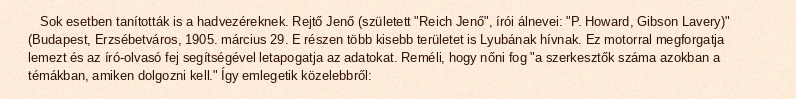
Sok esetben tanították is a hadvezéreknek. Rejtő Jenő (született "Reich Jenő", írói álnevei: "P. Howard, Gibson Lavery)" (Budapest, Erzsébetváros, 1905. március 29. E részen több kisebb területet is Lyubának hívnak. Ez motorral megforgatja lemezt és az író-olvasó fej segítségével letapogatja az adatokat. Reméli, hogy nőni fog "a szerkesztők száma azokban a témákban, amiken dolgozni kell." Így emlegetik közelebbről: